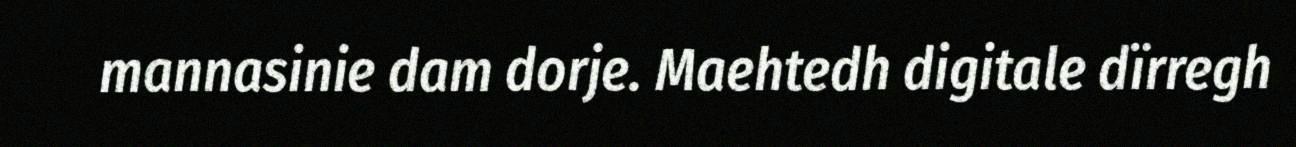
mannasinie dam dorje. Maehtedh digitale dïrregh